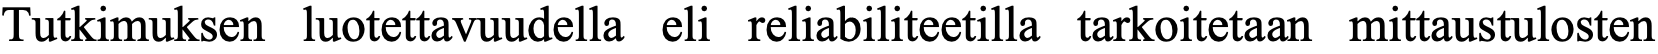
Tutkimuksen luotettavuudella eli reliabiliteetilla tarkoitetaan mittaustulosten